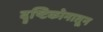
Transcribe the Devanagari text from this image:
दॄष्टिकोनातून